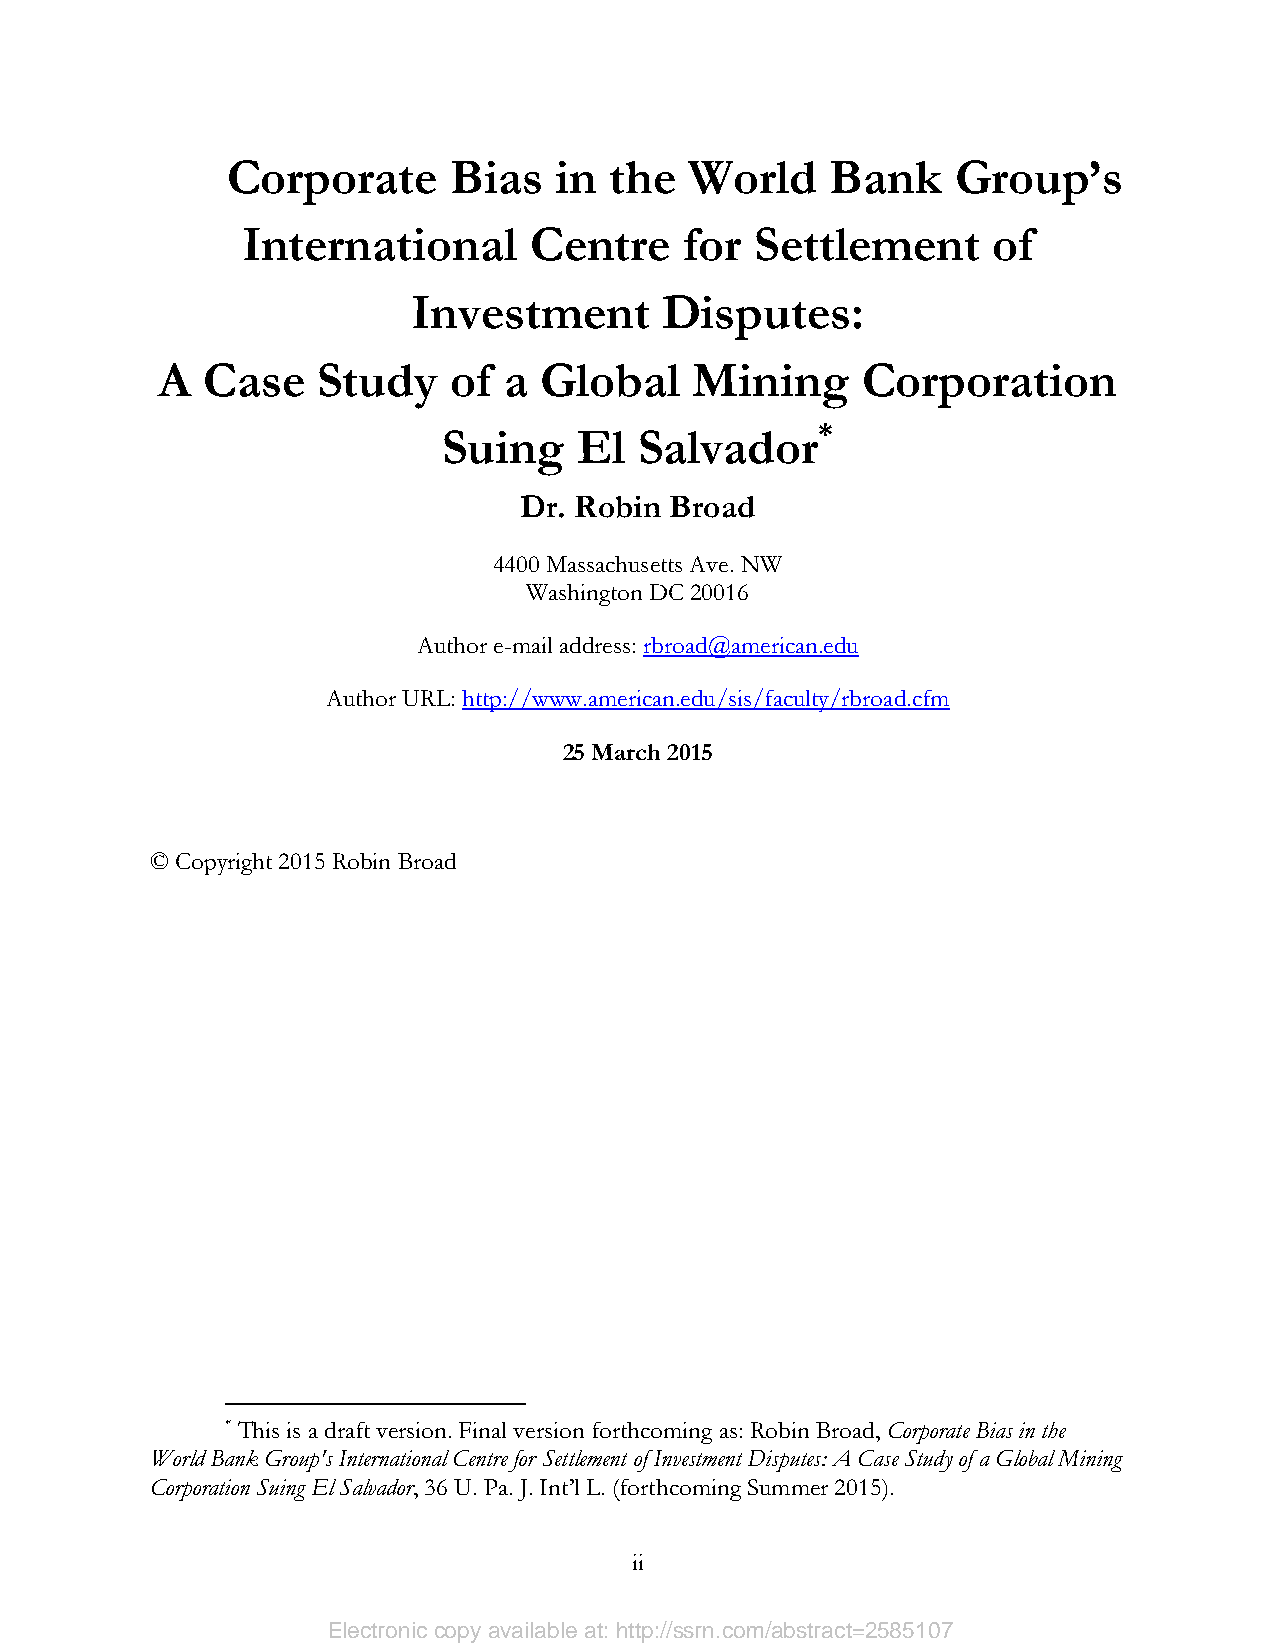
Corporate      Bias   in the   World    Bank    Group’s
 International      Centre    for  Settlement      of
 Investment       Disputes:
 A  Case    Study    of a  Global    Mining     Corporation
 Suing    El  Salvador*
 Dr. Robin Broad
 4400 Massachusetts Ave. NW
 Washington DC 20016
 Author e-mail address: rbroad@american.edu
 Author URL: http://www.american.edu/sis/faculty/rbroad.cfm
 25 March 2015
 © Copyright 2015 Robin Broad
 * This is a draft version. Final version forthcoming as: Robin Broad, Corporate Bias in the
 World Bank Group's International Centre for Settlement of Investment Disputes: A Case Study of a Global Mining
 Corporation Suing El Salvador, 36 U. Pa. J. Int’l L. (forthcoming Summer 2015).
 ii
 Electronic copy available at: http://ssrn.com/abstract=2585107